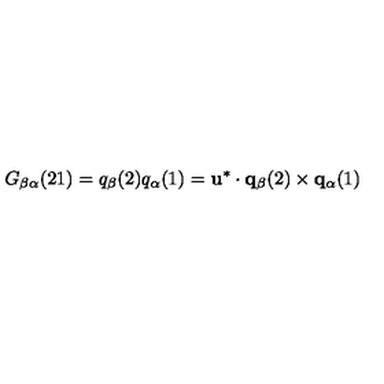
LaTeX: G _ { \beta \alpha } ( 2 1 ) = q _ { \beta } ( 2 ) q _ { \alpha } ( 1 ) = { \bf u } ^ { * } \cdot { \bf q } _ { \beta } ( 2 ) \times { \bf q } _ { \alpha } ( 1 )